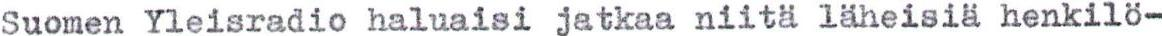
Suomen Yleisradio haluaisi jatkaa niitä läheisiä henkilö-